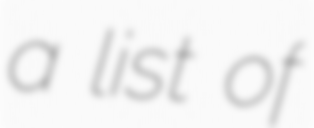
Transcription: a list of